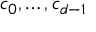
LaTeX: c _ { 0 } , \dots , c _ { d - 1 }